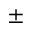
\pm